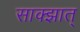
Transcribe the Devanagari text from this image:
साक्झात्